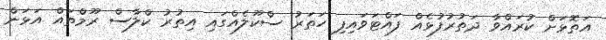
އަތޮޅަށް ކުރައްވާ ދަތުރުފުޅެއް ފައްޓަވަައިފި ހަތަރު ސްކޫލެއްގައި އިތުރު ކްލާސް ރޫމްތައް އަޅަން